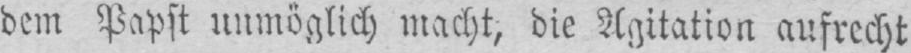
dem Papst unmöglich macht, die Agitation aufrecht